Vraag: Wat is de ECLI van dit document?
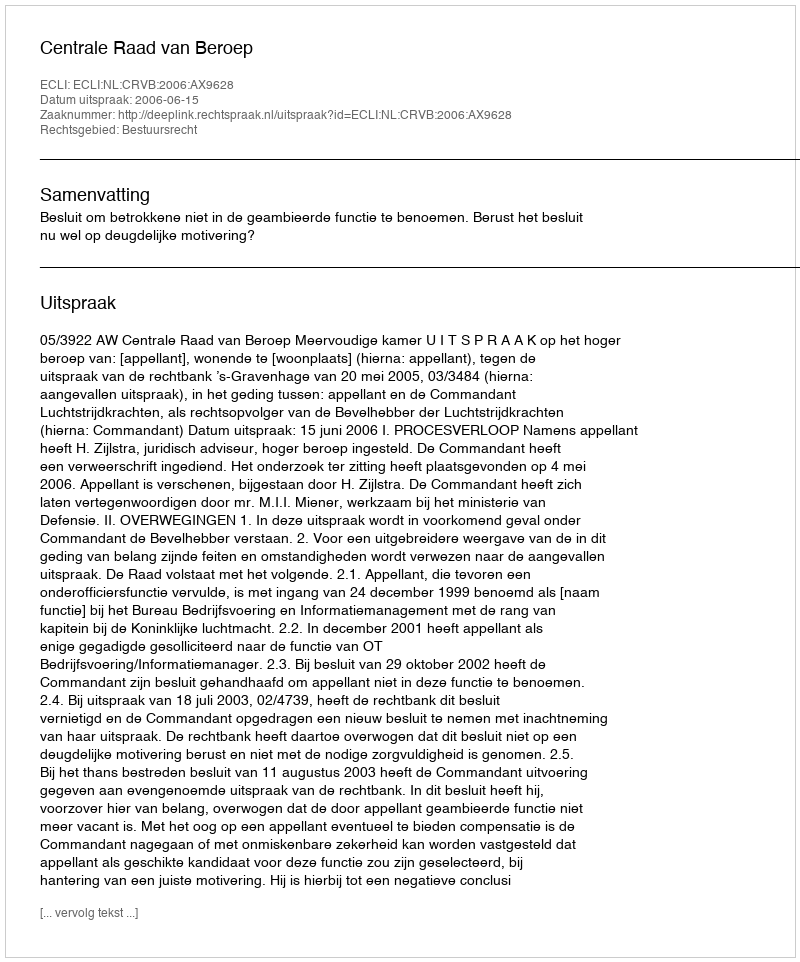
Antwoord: ECLI:NL:CRVB:2006:AX9628